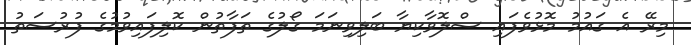
މިރޭ އެ ގައުމު މޮޅުވެފައި ސްލޮވާކިޔާ ބަލިވިނަމަ ގޯލުގެ ތަފާތުން ކޮލިފައިވުމުގެ ފުރުސަތު